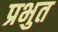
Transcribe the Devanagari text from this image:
प्रभुत